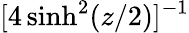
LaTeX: [4\sinh^{2}(z/2)]^{-1}